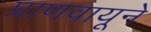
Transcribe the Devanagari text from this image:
प्राणवायूने